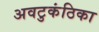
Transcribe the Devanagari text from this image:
अवटुकंठिका